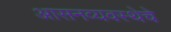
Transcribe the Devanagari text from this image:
आसनव्यवस्थेचे